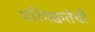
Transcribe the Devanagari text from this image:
परिपक्वतेची